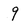
Character: 9